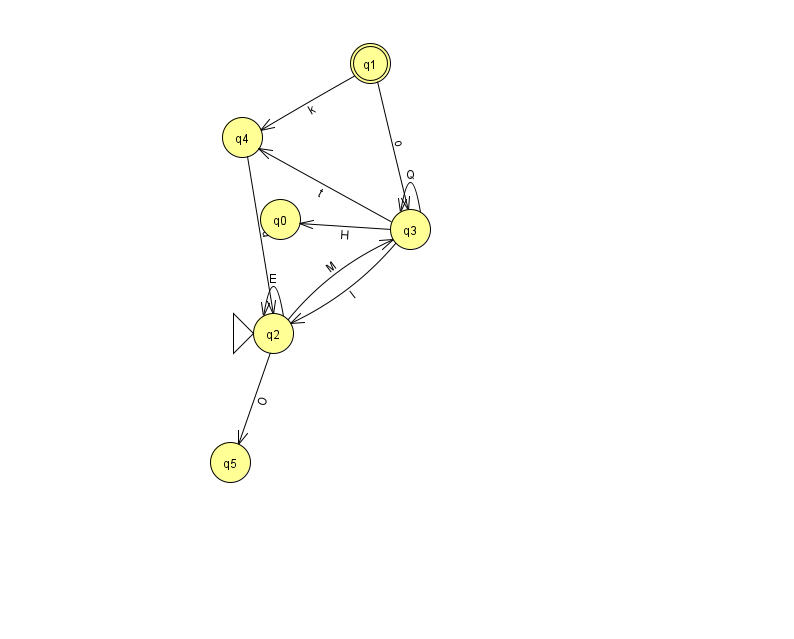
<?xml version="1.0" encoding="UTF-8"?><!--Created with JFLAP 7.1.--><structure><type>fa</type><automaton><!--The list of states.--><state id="0" name="q0"><x>280.0</x><y>206.0</y></state><state id="1" name="q1"><x>370.0</x><y>50.0</y><final/></state><state id="2" name="q2"><x>273.0</x><y>320.0</y><initial/></state><state id="3" name="q3"><x>410.0</x><y>216.0</y></state><state id="4" name="q4"><x>242.0</x><y>124.0</y></state><state id="5" name="q5"><x>230.0</x><y>449.0</y></state><!--The list of transitions.--><transition><from>3</from><to>3</to><read>Q</read></transition><transition><from>4</from><to>2</to><read>d</read></transition><transition><from>2</from><to>5</to><read>O</read></transition><transition><from>2</from><to>2</to><read>E</read></transition><transition><from>1</from><to>4</to><read>k</read></transition><transition><from>2</from><to>3</to><read>M</read></transition><transition><from>3</from><to>2</to><read>l</read></transition><transition><from>3</from><to>4</to><read>t</read></transition><transition><from>3</from><to>0</to><read>H</read></transition><transition><from>1</from><to>3</to><read>o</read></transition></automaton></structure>